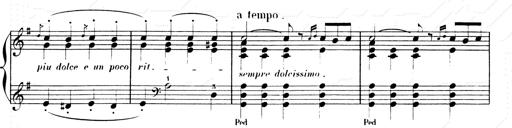
Title: Les SabÃ©ennes
Composer: Franz Liszt